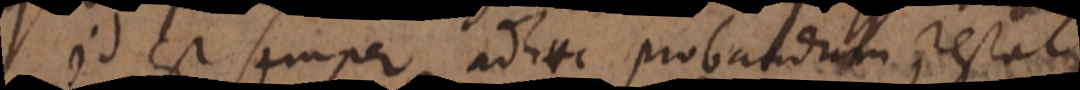
Id est semper adhuc probandum restat